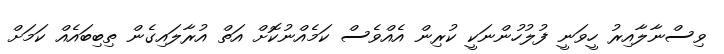
ވިސްނާލާއިރު ހީވަނީ ފުލުހުންނަކީ ކުރިން އެއްވެސް ކަމެއްނުކޮށް އަތް އުރާލައިގެން ތިބިބައެއް ކަމަށް